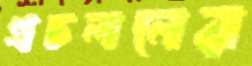
প্রচলনের